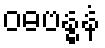
ဝဓဗန္ဓနံ